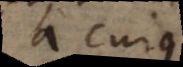
a cujus